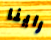
راينا